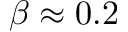
\beta \approx 0 . 2